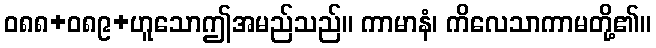
ဝ၈၈+၀၈၉+ဟူသောဤအမည်သည်။ ကာမာနံ၊ ကိလေသာကာမတို့၏။